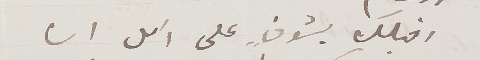
اقبلك بشوقٍ على امل ان